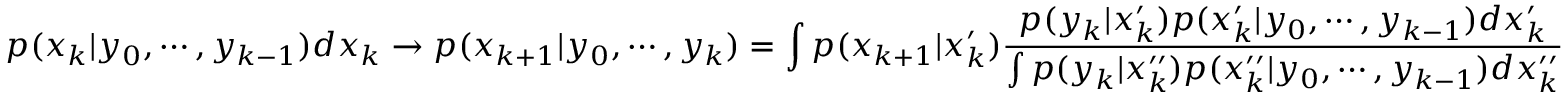
p ( x _ { k } | y _ { 0 } , \cdots , y _ { k - 1 } ) d x _ { k } \to p ( x _ { k + 1 } | y _ { 0 } , \cdots , y _ { k } ) = \int p ( x _ { k + 1 } | x _ { k } ^ { \prime } ) { \frac { p ( y _ { k } | x _ { k } ^ { \prime } ) p ( x _ { k } ^ { \prime } | y _ { 0 } , \cdots , y _ { k - 1 } ) d x _ { k } ^ { \prime } } { \int p ( y _ { k } | x _ { k } ^ { \prime \prime } ) p ( x _ { k } ^ { \prime \prime } | y _ { 0 } , \cdots , y _ { k - 1 } ) d x _ { k } ^ { \prime \prime } } }